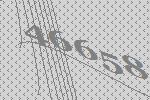
46658